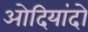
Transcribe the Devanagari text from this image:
ओदियांदो